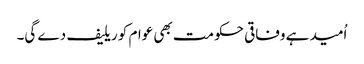
اُمید ہے وفاقی حکومت بھی عوام کو ریلیف دے گی۔